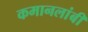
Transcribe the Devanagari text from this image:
कमानलांबी